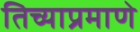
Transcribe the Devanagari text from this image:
तिच्याप्रमाणे